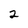
Character: 2